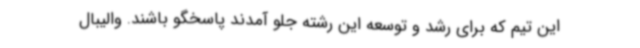
این تیم که برای رشد و توسعه این رشته جلو آمدند پاسخگو باشند. والیبال